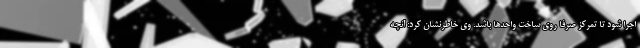
اجرا شود تا تمرکز صرفا روی ساخت واحدها باشد. وی خاطرنشان کرد: آنچه